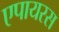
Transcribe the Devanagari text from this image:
एपायरस